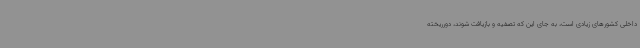
داخلی کشورهای زیادی است، به جای این که تصفیه و بازیافت شوند، دورریخته